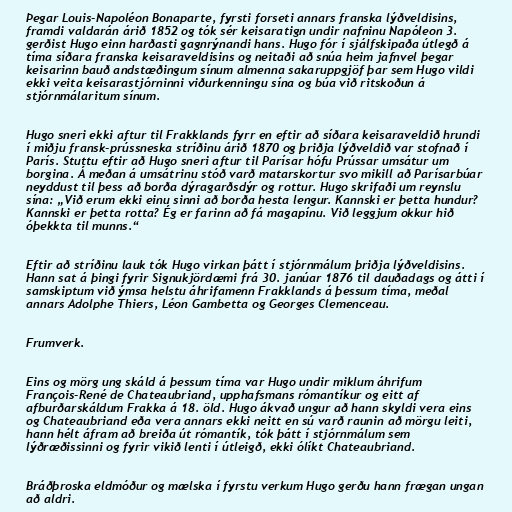
Þegar Louis-Napoléon Bonaparte, fyrsti forseti annars franska lýðveldisins,
framdi valdarán árið 1852 og tók sér keisaratign undir nafninu Napóleon 3.
gerðist Hugo einn harðasti gagnrýnandi hans. Hugo fór í sjálfskipaða útlegð á
tíma síðara franska keisaraveldisins og neitaði að snúa heim jafnvel þegar
keisarinn bauð andstæðingum sínum almenna sakaruppgjöf þar sem Hugo vildi
ekki veita keisarastjórninni viðurkenningu sína og búa við ritskoðun á
stjórnmálaritum sínum.

Hugo sneri ekki aftur til Frakklands fyrr en eftir að síðara keisaraveldið hrundi
í miðju fransk-prússneska stríðinu árið 1870 og þriðja lýðveldið var stofnað í
París. Stuttu eftir að Hugo sneri aftur til Parísar hófu Prússar umsátur um
borgina. Á meðan á umsátrinu stóð varð matarskortur svo mikill að Parísarbúar
neyddust til þess að borða dýragarðsdýr og rottur. Hugo skrifaði um reynslu
sína: „Við erum ekki einu sinni að borða hesta lengur. Kannski er þetta hundur?
Kannski er þetta rotta? Ég er farinn að fá magapínu. Við leggjum okkur hið
óþekkta til munns.“

Eftir að stríðinu lauk tók Hugo virkan þátt í stjórnmálum þriðja lýðveldisins.
Hann sat á þingi fyrir Signukjördæmi frá 30. janúar 1876 til dauðadags og átti í
samskiptum við ýmsa helstu áhrifamenn Frakklands á þessum tíma, meðal
annars Adolphe Thiers, Léon Gambetta og Georges Clemenceau.

Frumverk.

Eins og mörg ung skáld á þessum tíma var Hugo undir miklum áhrifum
François-René de Chateaubriand, upphafsmans rómantíkur og eitt af
afburðarskáldum Frakka á 18. öld. Hugo ákvað ungur að hann skyldi vera eins
og Chateaubriand eða vera annars ekki neitt en sú varð raunin að mörgu leiti,
hann hélt áfram að breiða út rómantík, tók þátt í stjórnmálum sem
lýðræðissinni og fyrir vikið lenti í útleigð, ekki ólíkt Chateaubriand.

Bráðþroska eldmóður og mælska í fyrstu verkum Hugo gerðu hann frægan ungan
að aldri.